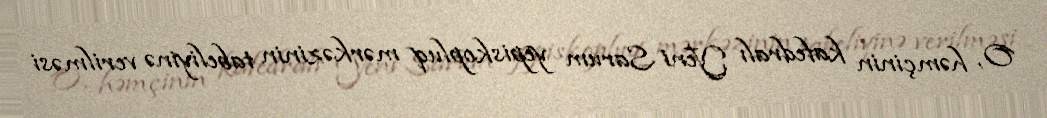
O, həmçinin kafedralı Yeni Sarum yepiskopluq mərkəzinin tabeliyinə verilməsi